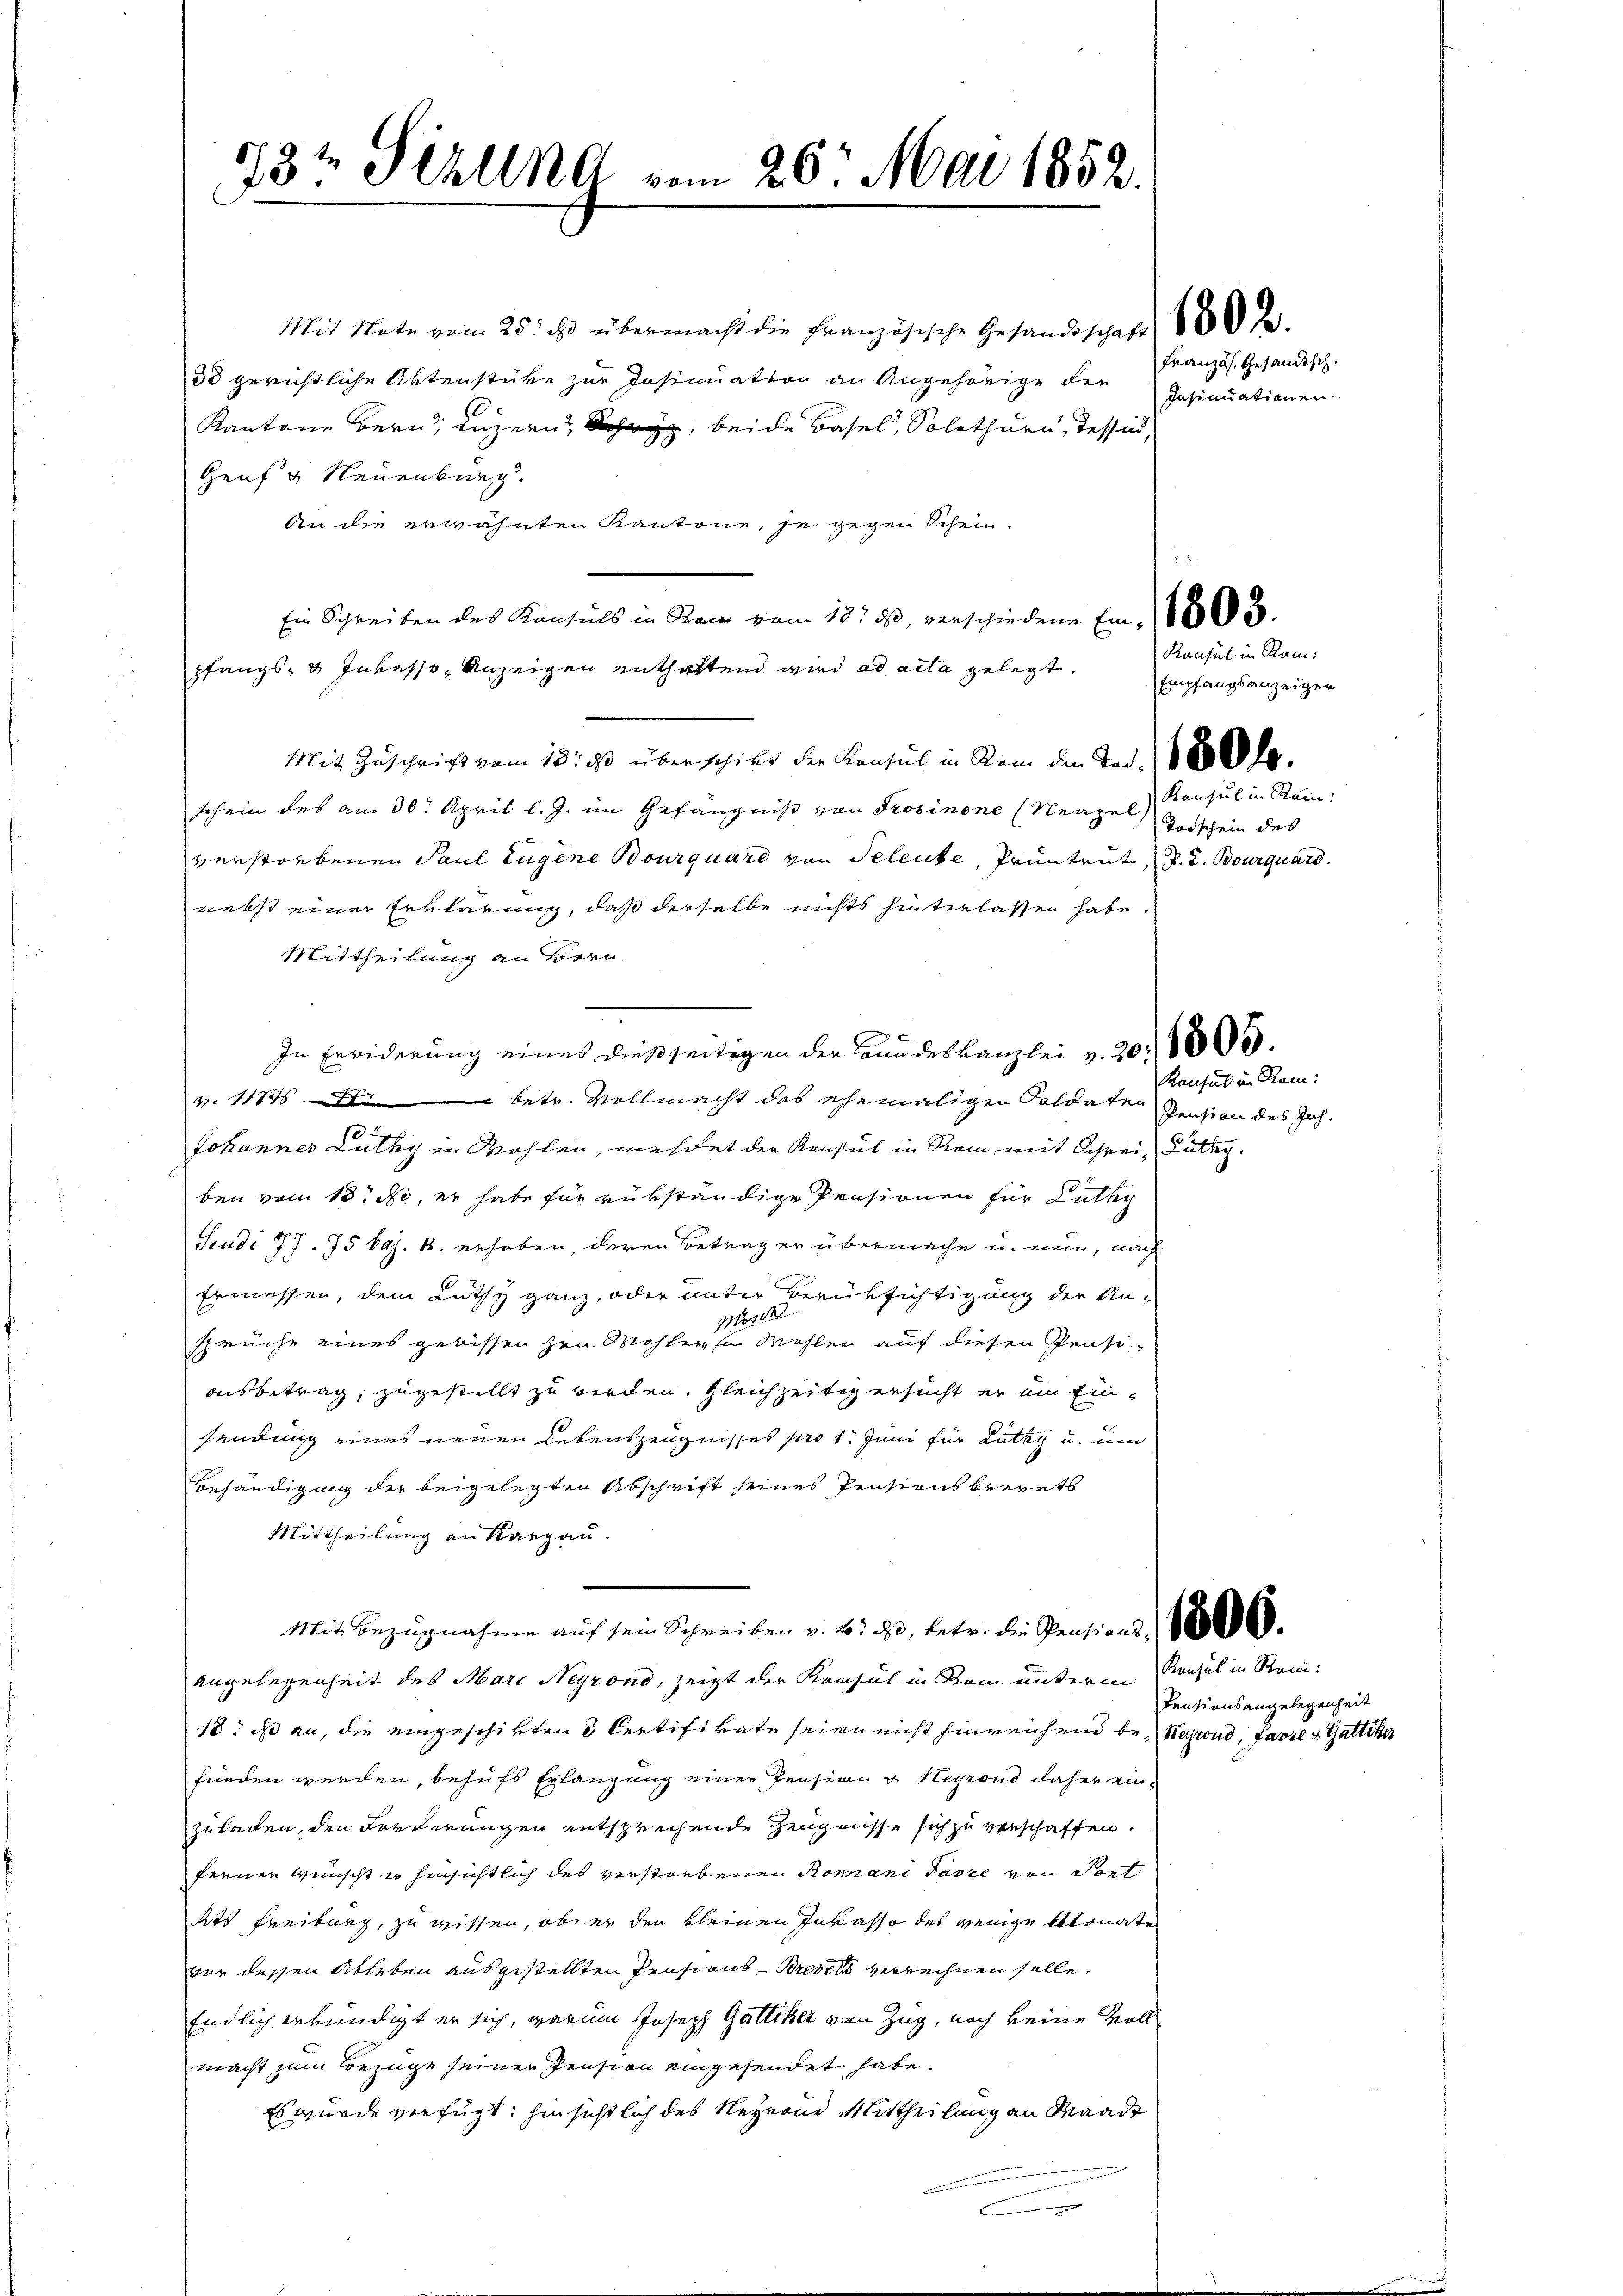
18t Fehlend vom

26. Mai 1852.

Mit Note vom 25. ds übermacht die Französische Gesandtschaft 180 des
33 gerichtliche Aktenstüke zur Insinuation an Angehörige der
Kantone bern, Luzern, beide Basel, Solothurn, Tessin,
Genf g Neuenburg.
An die erwähnten Kantone, je gegen Schein-
Ein Schreiben des Konsuls in Rece vom 18. dβ, verschiedene Ei. 1600.
pfangs- & Inkasso Anzeigen enthaltend wird ad acta gelegt.
Mit Zuschrift vom 18. es überschikt der Konsul in Rein den Tod. 1800 l.
schein des am 30. April l. J. im Gefängniß von Prosinone (Neapel Endschein des
verstorbenen Paul Eugene Bourquard von Seleute, Prunteut, d. d. Bourquard.
nebst einer Erklärung, daß derselbe nichts hinterlassen habe
Mittheilung an Bern
In Erwiderung eines dießseitigen der Landeskanzlei v. 20. 1000.
v. 11845 Xr betr. Vollmacht des ehemaligen Soldater Pension des Joh.
Johannes Luthy in Wohlen, mehret der Konsul in Rom mit Schrei- Lültig.
ben vom 13. ds, er habe für rükständige Pensionen für Luthy
Studi 77. 75 bez. B. erhoben, deren Betrag er übermache u. nun, nach
Ermessen, dem Lüthy ganz, oder unter Berüksichtigung der Ka-
118000
sprüche eines gebissen Hrn. Mohler so Mahlen auf diesen Pensi-
ausbetrag, zugestellt zu werden. Gleichzeitig ersucht er ein Einsendung eines neuen Lebenszeugnisses pro 1. Juni für Lüthy u. um
Behändigung der beigelegten Abschrift seines Pensions brevets
Mittheilung an Karpan.
Mit Bezugnahme auf sein Schreiben v. 6. ds, betr. die Pensions 800000
Angelegenheit des Marc Neyrond, zeigt der Krasul in Rom unterm Konsul in Rein:
18. ds an, die eingeschikten 3 Certifikate seien nicht hinreichend be- Narrond, Favres Gattiker
funden werden, behufs Erlangung einer Pension u Heyrand daher ein-
zuladen, den Forderungen entsprechende Zeugnisse sich zu verschaffen.
fernen Wünscht er hinsichtlich des verstorbenen Romani Jasze von Sont
dts Freiburg, zu wissen, ober den kleinen Inkasso des wenige Monate
vor dessen Ableben ausgestellten Pensions-Brevels verrechnen solle.
Endlich erkundigt er sich, garum Joseph Gattiker von Zug, noch keine Voll
macht zum Bezüge seiner Pension eingesendet habe.
Es wurde verfügt, hinsichtlich des Reyerne Mittheilung an Waadt

Französ. Gesandtsch.
Insinuationen.

Konsul in Ram:
Empfangsanzeiger
Konsul in Rein:

Konsul in Ram:

Lentionsangelegenheit